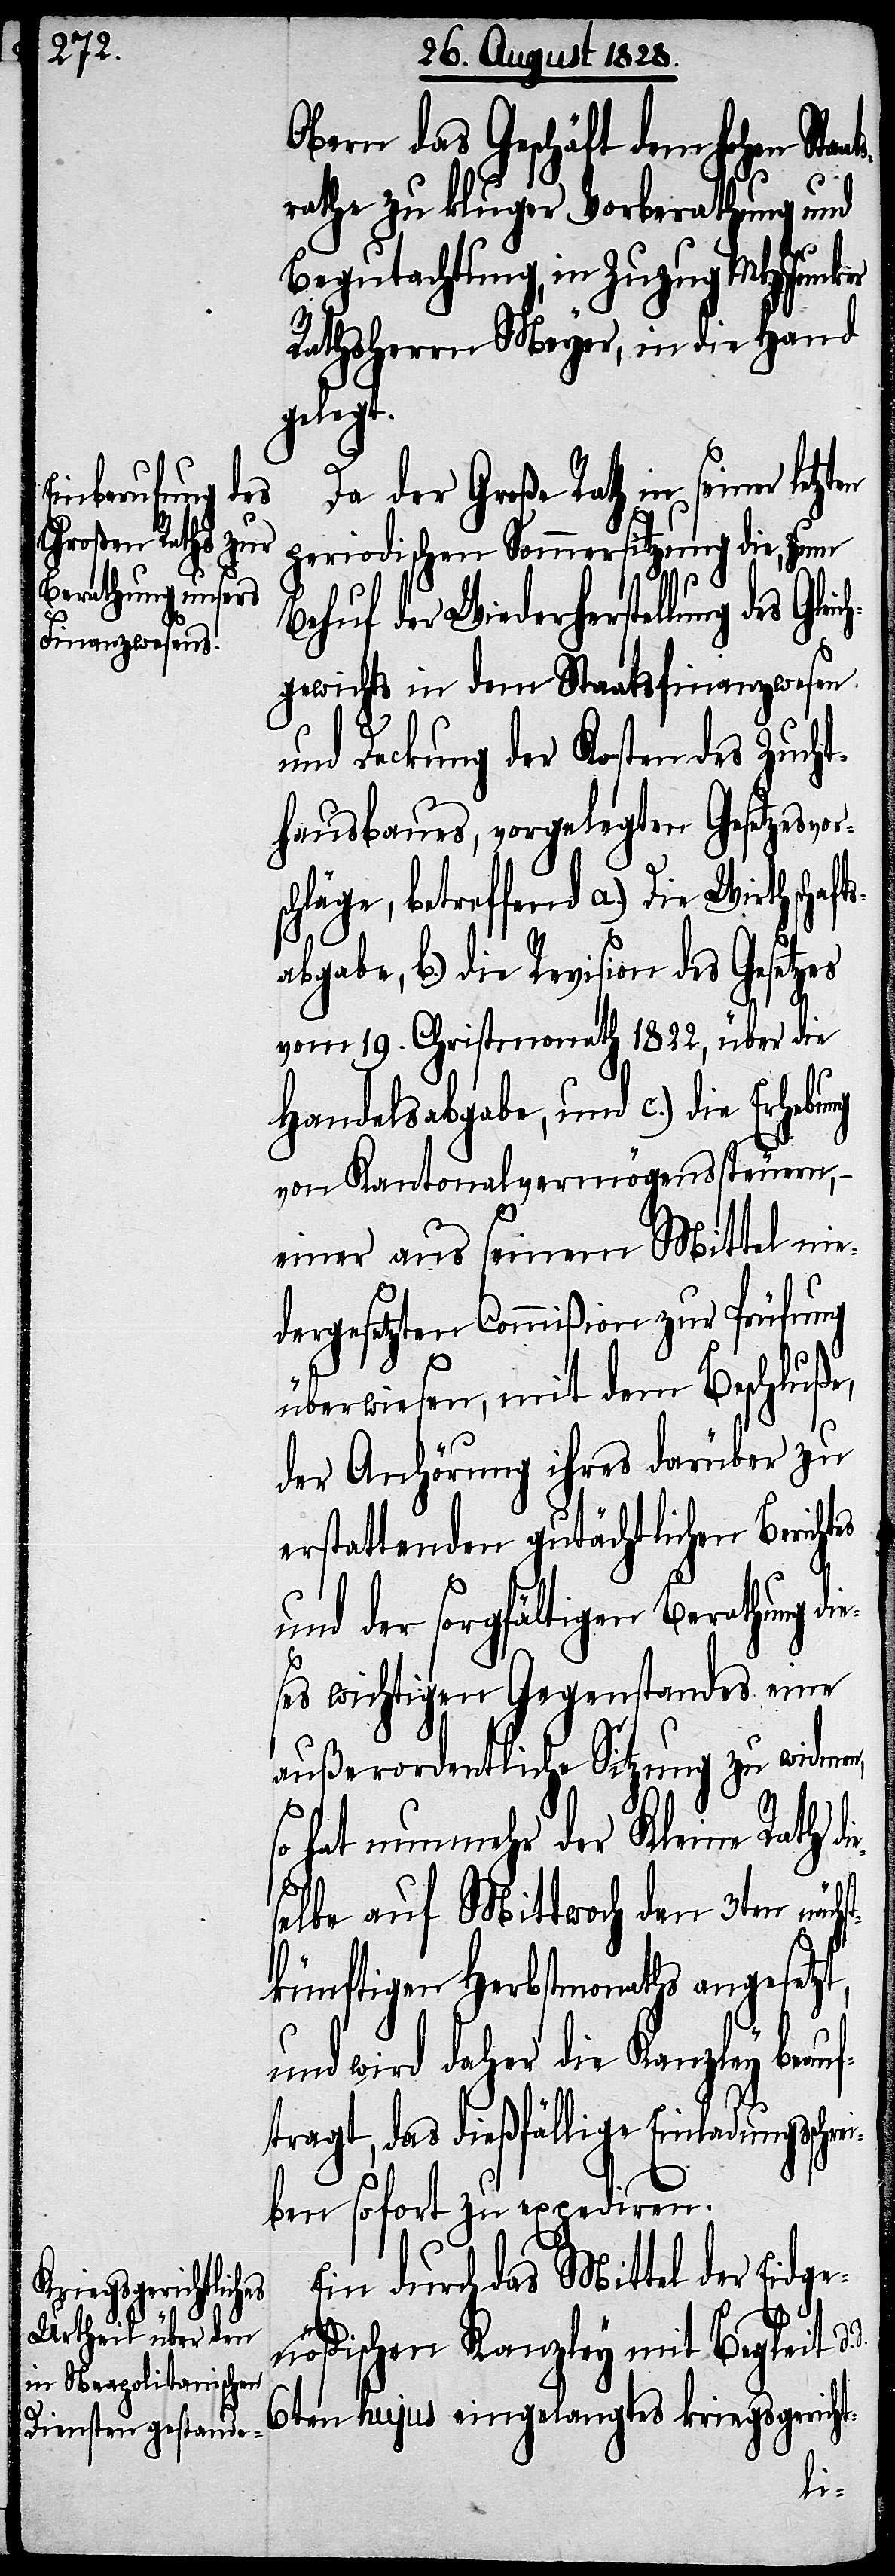
es
schrei¬

Obern das Geschäft dem hohen Sta¬
d.
srathe zu kluger Vorberathung und
Begutachtung, in Zuzug MHJunker
Rathsherrn Meyer, in die Hand
gelegt.
Da der Große Rath in seiner letz¬
periodischen Sommersitzung die, zum
Behuf der Wiederherstellung
gewichts in dem Staatsfinanzwesen
und Deckung der Kosten des Zucht¬
hausbaues, vorgelegten Gesetzesvo¬
chläge, betreffend a.) Die Wirthschaft¬
sabgabe, b.) die Revision des Gesetzes
vom 19. Christmonath 1822, über die
Handelsabgabe, und c.) die Erhebung
von Kantonalvermögenssteuern,
einer aus seinem Mittel nie¬
dergesetzten Commißion zur Prüfung
überwiesen, mit dem Beschluße,
der Anhörung ihres darüber zu
erstattenden gutächtlichen Bericht¬
und der sorgfältigen Berathung
ses wichtigen Gegenstandes eine
außerordentliche Sitzung zu widmen,
so hat nunmehr der Kleine Rath d¬
selbe auf Mittwoch den 3ten näch¬
stkünftigen Herbstmonaths angesetzt,
und wird daher die Kanzley beauf¬
ragt, das dießfällige Einladungs¬
ben sofort zu expediren.
Ein durch das Mittel der Eidge¬
nößischen Kanzley mit Begleit
6ten hujus eingelangtes kriegsgericht-
ie¬